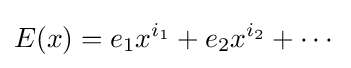
E(x)=e_{1}x^{i_{1}}+e_{2}x^{i_{2}}+\cdots